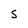
Character: S